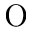
\mathrm { O }